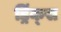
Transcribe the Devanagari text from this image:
ड्रिंक्‍स